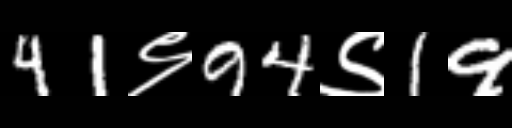
Text: 41९94९19